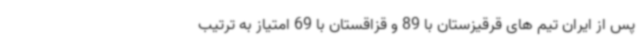
پس از ایران تیم های قرقیزستان با 89 و قزاقستان با 69 امتیاز به ترتیب